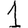
Digit: 1